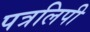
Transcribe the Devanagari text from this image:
पत्रलिपी